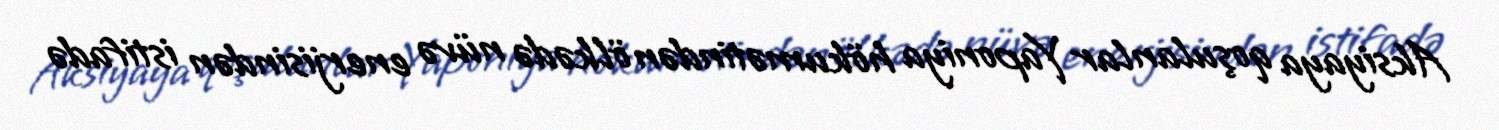
Aksiyaya qoşulanlar Yaponiya hökumətindən ölkədə nüvə enerjisindən istifadə